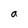
Character: a